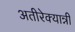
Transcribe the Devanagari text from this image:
अतीरेक्यान्नी